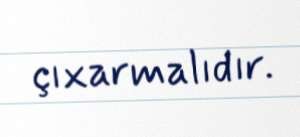
çıxarmalıdır.